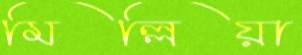
মিল্লিয়া